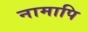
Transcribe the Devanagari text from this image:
नामापि